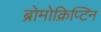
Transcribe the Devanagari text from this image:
ब्रोमोक्रिप्टिन